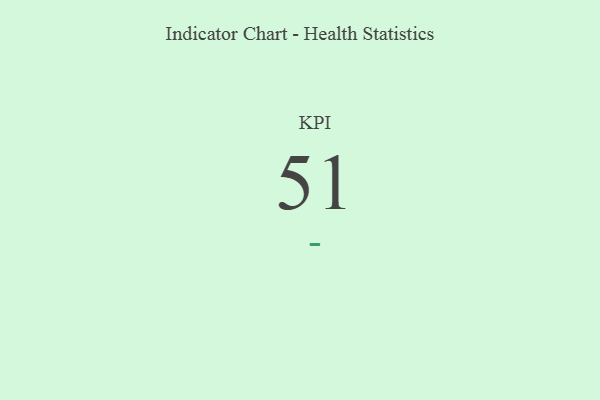
{"axis": {"x": "KPI", "y": "Value"}, "legend": [""], "data": [{"x": "KPI", "y": 51, "type": ""}]}